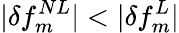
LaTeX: |\delta f_{m}^{NL}|<|\delta f_{m}^{L}|